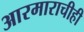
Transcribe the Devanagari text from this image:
आरमाराचीही